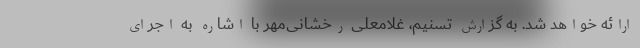
ارائه خواهد شد. به گزارش تسنیم، غلامعلی رخشانی‌مهر با اشاره به اجرای